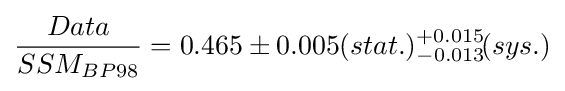
{Data \over SSM_{BP98}}=0.465\pm 0.005(stat.){}_{-0.013}^{+0.015}\!(sys.)